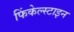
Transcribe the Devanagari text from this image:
फिंकेल्स्टाइन